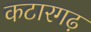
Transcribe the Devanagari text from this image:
कटारगढ़